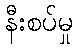
နီးစပ်မှု